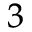
^ { 3 }